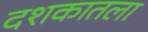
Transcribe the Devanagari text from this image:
दशकातला